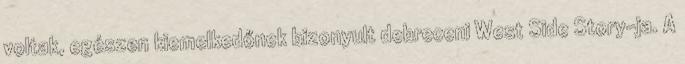
voltak, egészen kiemelkedőnek bizonyult debreceni West Side Story-ja. A